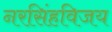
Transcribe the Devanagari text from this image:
नरसिंहविजय